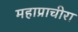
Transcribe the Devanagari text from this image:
महाप्राचीरा